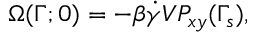
\Omega ( \Gamma ; 0 ) = - \beta \dot { \gamma } V P _ { x y } ( \Gamma _ { s } ) ,